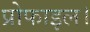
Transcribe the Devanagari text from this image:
प्रोफाइल।